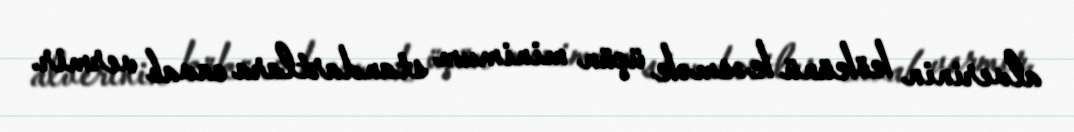
alverinin kökünü kəsmək üçün minimum standartlara cavab vermir.